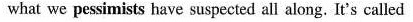
what we pessimists have suspected all along, It's called